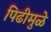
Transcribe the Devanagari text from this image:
पिढीमुळे